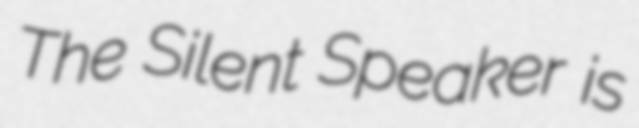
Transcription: The Silent Speaker is